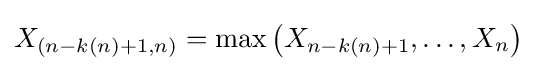
X_{(n-k(n)+1,n)}=\max \left(X_{n-k(n)+1},\ldots ,X_{n}\right)